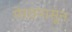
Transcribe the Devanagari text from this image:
मेरठपासून